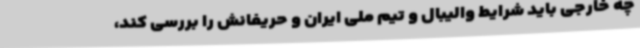
چه خارجی باید شرایط والیبال و تیم ملی ایران و حریفانش را بررسی کند،